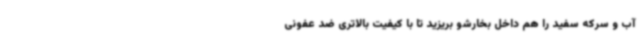
آب و سرکه سفید را هم داخل بخارشو بریزید تا با کیفیت بالاتری ضد عفونی